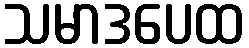
သမာဒပေထ